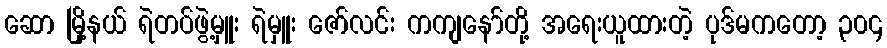
ဆော မြို့နယ် ရဲတပ်ဖွဲ့မှူး ရဲမှူး ဇော်လင်း ကကျနော်တို့ အရေးယူထားတဲ့ ပုဒ်မကတော့ ၃၀၄